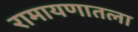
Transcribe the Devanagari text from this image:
रामायणातला